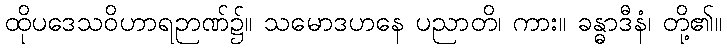
ထိုပဒေသဝိဟာရဉာဏ်၌။ သမောဒဟနေ ပညာတိ၊ ကား။ ခန္ဓာဒီနံ၊ တို့၏။